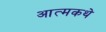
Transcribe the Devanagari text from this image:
आत्मकथे